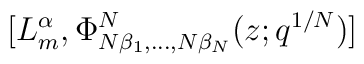
[L^{\alpha}_m , \Phi^N_{N\beta_1 ,\dots ,N\beta_N} (z;q^{1/N} )]\